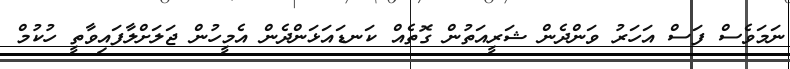
ނަމަވެސް ފަސް އަހަރު ވަންދެން ޝަރީއަތުން ގޮތެއް ކަނޑައަޅަންދެން އެމީހުން ޖަލަށްލާފައިވާތީ ހުކުމް